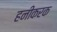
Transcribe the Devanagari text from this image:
हनीकरक